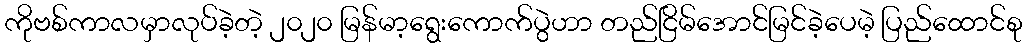
ကိုဗစ်ကာလမှာလုပ်ခဲ့တဲ့ ၂၀၂၀ မြန်မာ့ရွေးကောက်ပွဲဟာ တည်ငြိမ်အောင်မြင်ခဲ့ပေမဲ့ ပြည်ထောင်စု